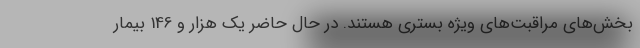
بخش‌های مراقبت‌های ویژه بستری هستند. در حال حاضر یک هزار و 146 بیمار